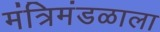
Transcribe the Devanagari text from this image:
मंत्रिमंडळाला